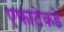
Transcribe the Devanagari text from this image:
एफाटेकडे